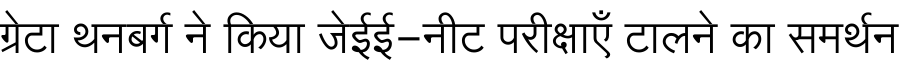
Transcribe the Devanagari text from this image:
ग्रेटा थनबर्ग ने किया जेईई-नीट परीक्षाएँ टालने का समर्थन